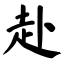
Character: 赴